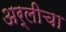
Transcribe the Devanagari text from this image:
अर्लीचा